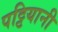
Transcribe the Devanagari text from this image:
पट्टियानी